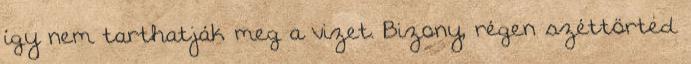
így nem tarthatják meg a vizet. Bizony, régen széttörted